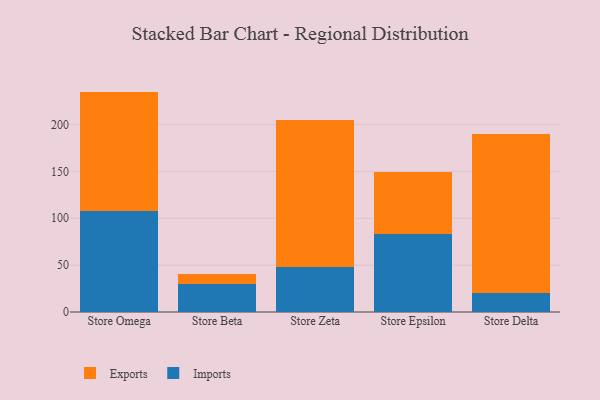
{"axis": {"x": "Store", "y": "Tickets Resolved"}, "legend": ["Exports", "Imports"], "data": [{"x": "Store Omega", "y": 107.6, "type": "Imports"}, {"x": "Store Omega", "y": 127.6, "type": "Exports"}, {"x": "Store Beta", "y": 30.2, "type": "Imports"}, {"x": "Store Beta", "y": 10.0, "type": "Exports"}, {"x": "Store Zeta", "y": 47.9, "type": "Imports"}, {"x": "Store Zeta", "y": 157.5, "type": "Exports"}, {"x": "Store Epsilon", "y": 83.6, "type": "Imports"}, {"x": "Store Epsilon", "y": 65.4, "type": "Exports"}, {"x": "Store Delta", "y": 20.0, "type": "Imports"}, {"x": "Store Delta", "y": 169.5, "type": "Exports"}]}